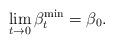
LaTeX: \begin{align*}\lim_{t \rightarrow 0} \beta^{\min} _t= \beta_0. \end{align*}